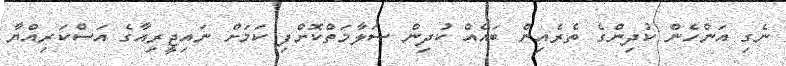
ނެގި އަންހެން ކުދިންގެ ތެރެއިން ބައެއް ކުދިން ސަލާމަތްކޮށްފި ކަމަށް ނައިޖީރިއާގެ އަސްކަރިއްޔާ